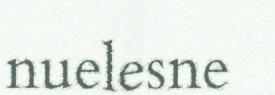
nuelesne